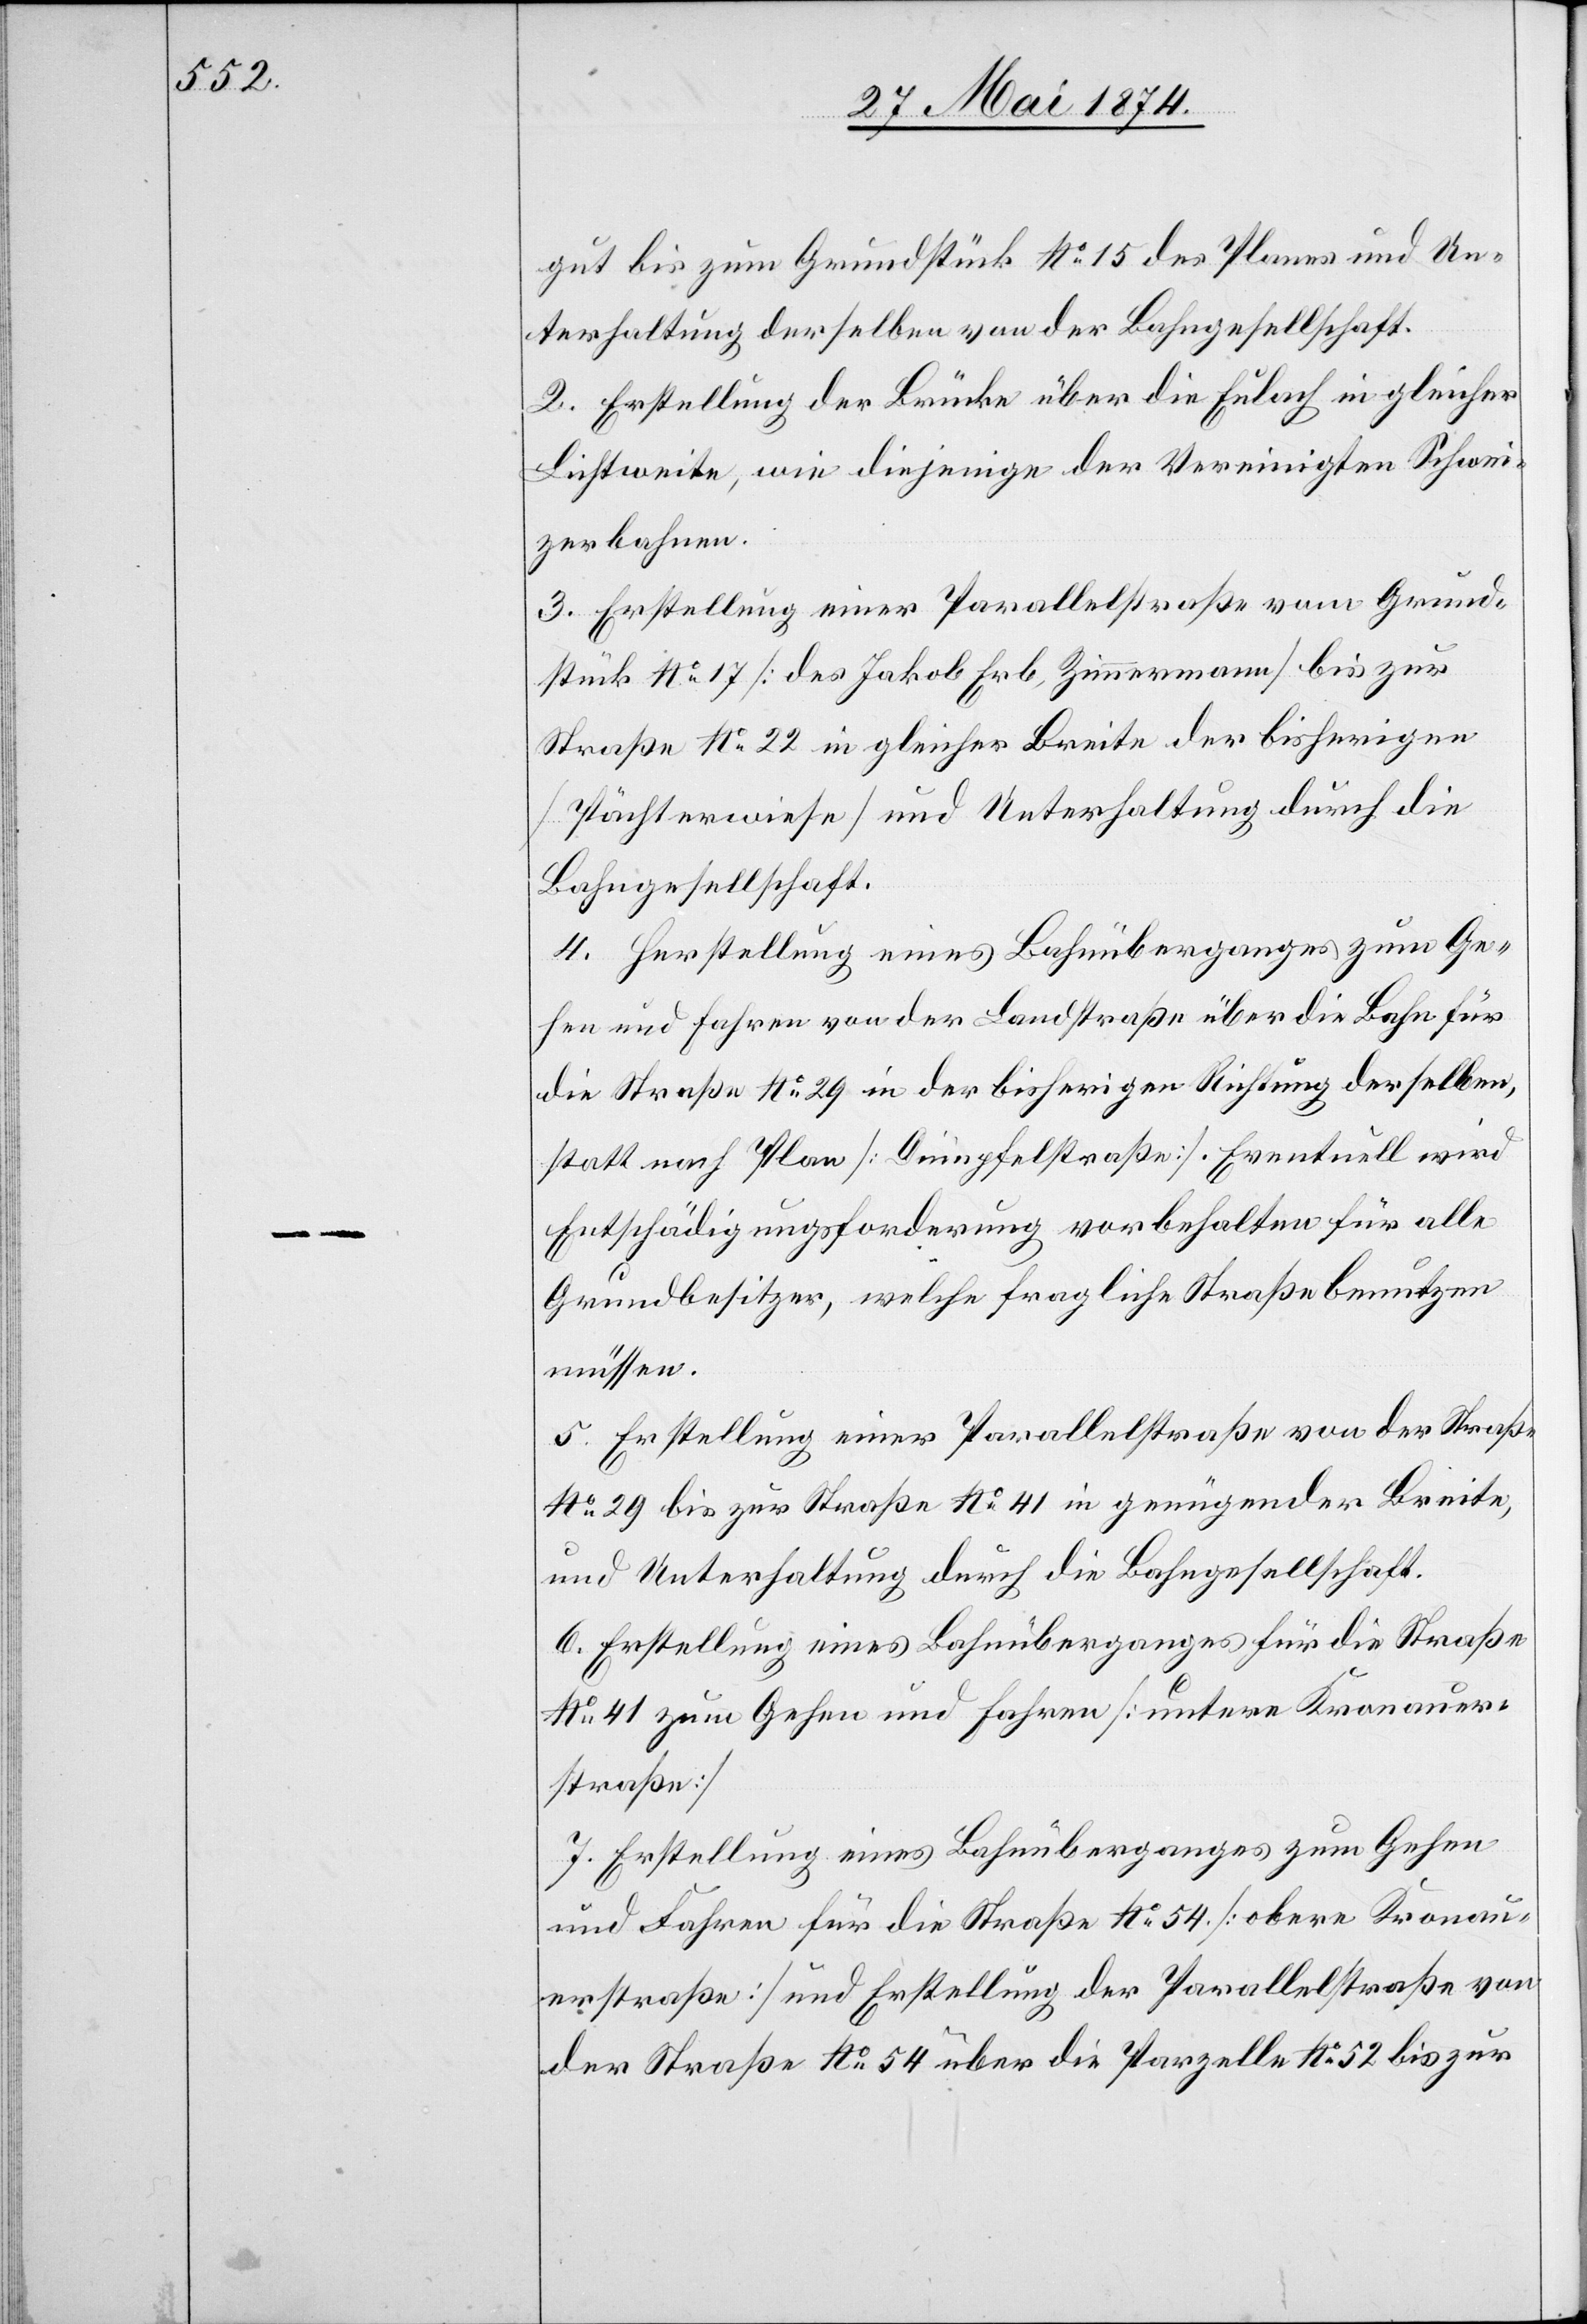
gut bis zum Grundstück No 15 des Planes und Un¬
terhaltung derselben von der Bahngesellschaft.
2. Erstellung der Brücke über die Eulach in gleicher
Lichtweite, wie diejenige der Vereinigten Schwei¬
zerbahnen.
3. Erstellung einer Parallelstraße vom Grund¬
stück No 17 [des Jakob Erb, Zimmermann] bis zur
Straße No 22 in gleicher Breite der bisherigen
[Pächterwiese] und Unterhaltung durch die
Bahngesellschaft.
4. Herstellung eines Bahnüberganges zum Ge¬
hen und Fahren von der Landstraße über die Bahn für
die Straße No 29 in der bisherigen Richtung derselben,
statt nach Plan [Dümpfelstraße]. Eventuell wird
Entschädigungsforderung vorbehalten für alle
Grundbesitzer, welche fragliche Straße benutzen
müssen.
5. Erstellung einer Parallelstraße von der Straße
No 29 bis zur Straße No 41 in genügender Breite,
und Unterhaltung durch die Bahngesellschaft.
6. Erstellung eines Bahnüberganges für die Straße
No 41 zum Gehen und Fahren [untere Kronau¬
straße]
7. Erstellung eines Bahnüberganges zum Gehen
und Fahren für die Straße No 54 [obere Kronau¬
erstraße] und Erstellung der Parallelstraße von
der Straße No 54 über die Parzelle No 52 bis zur